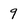
Character: 9